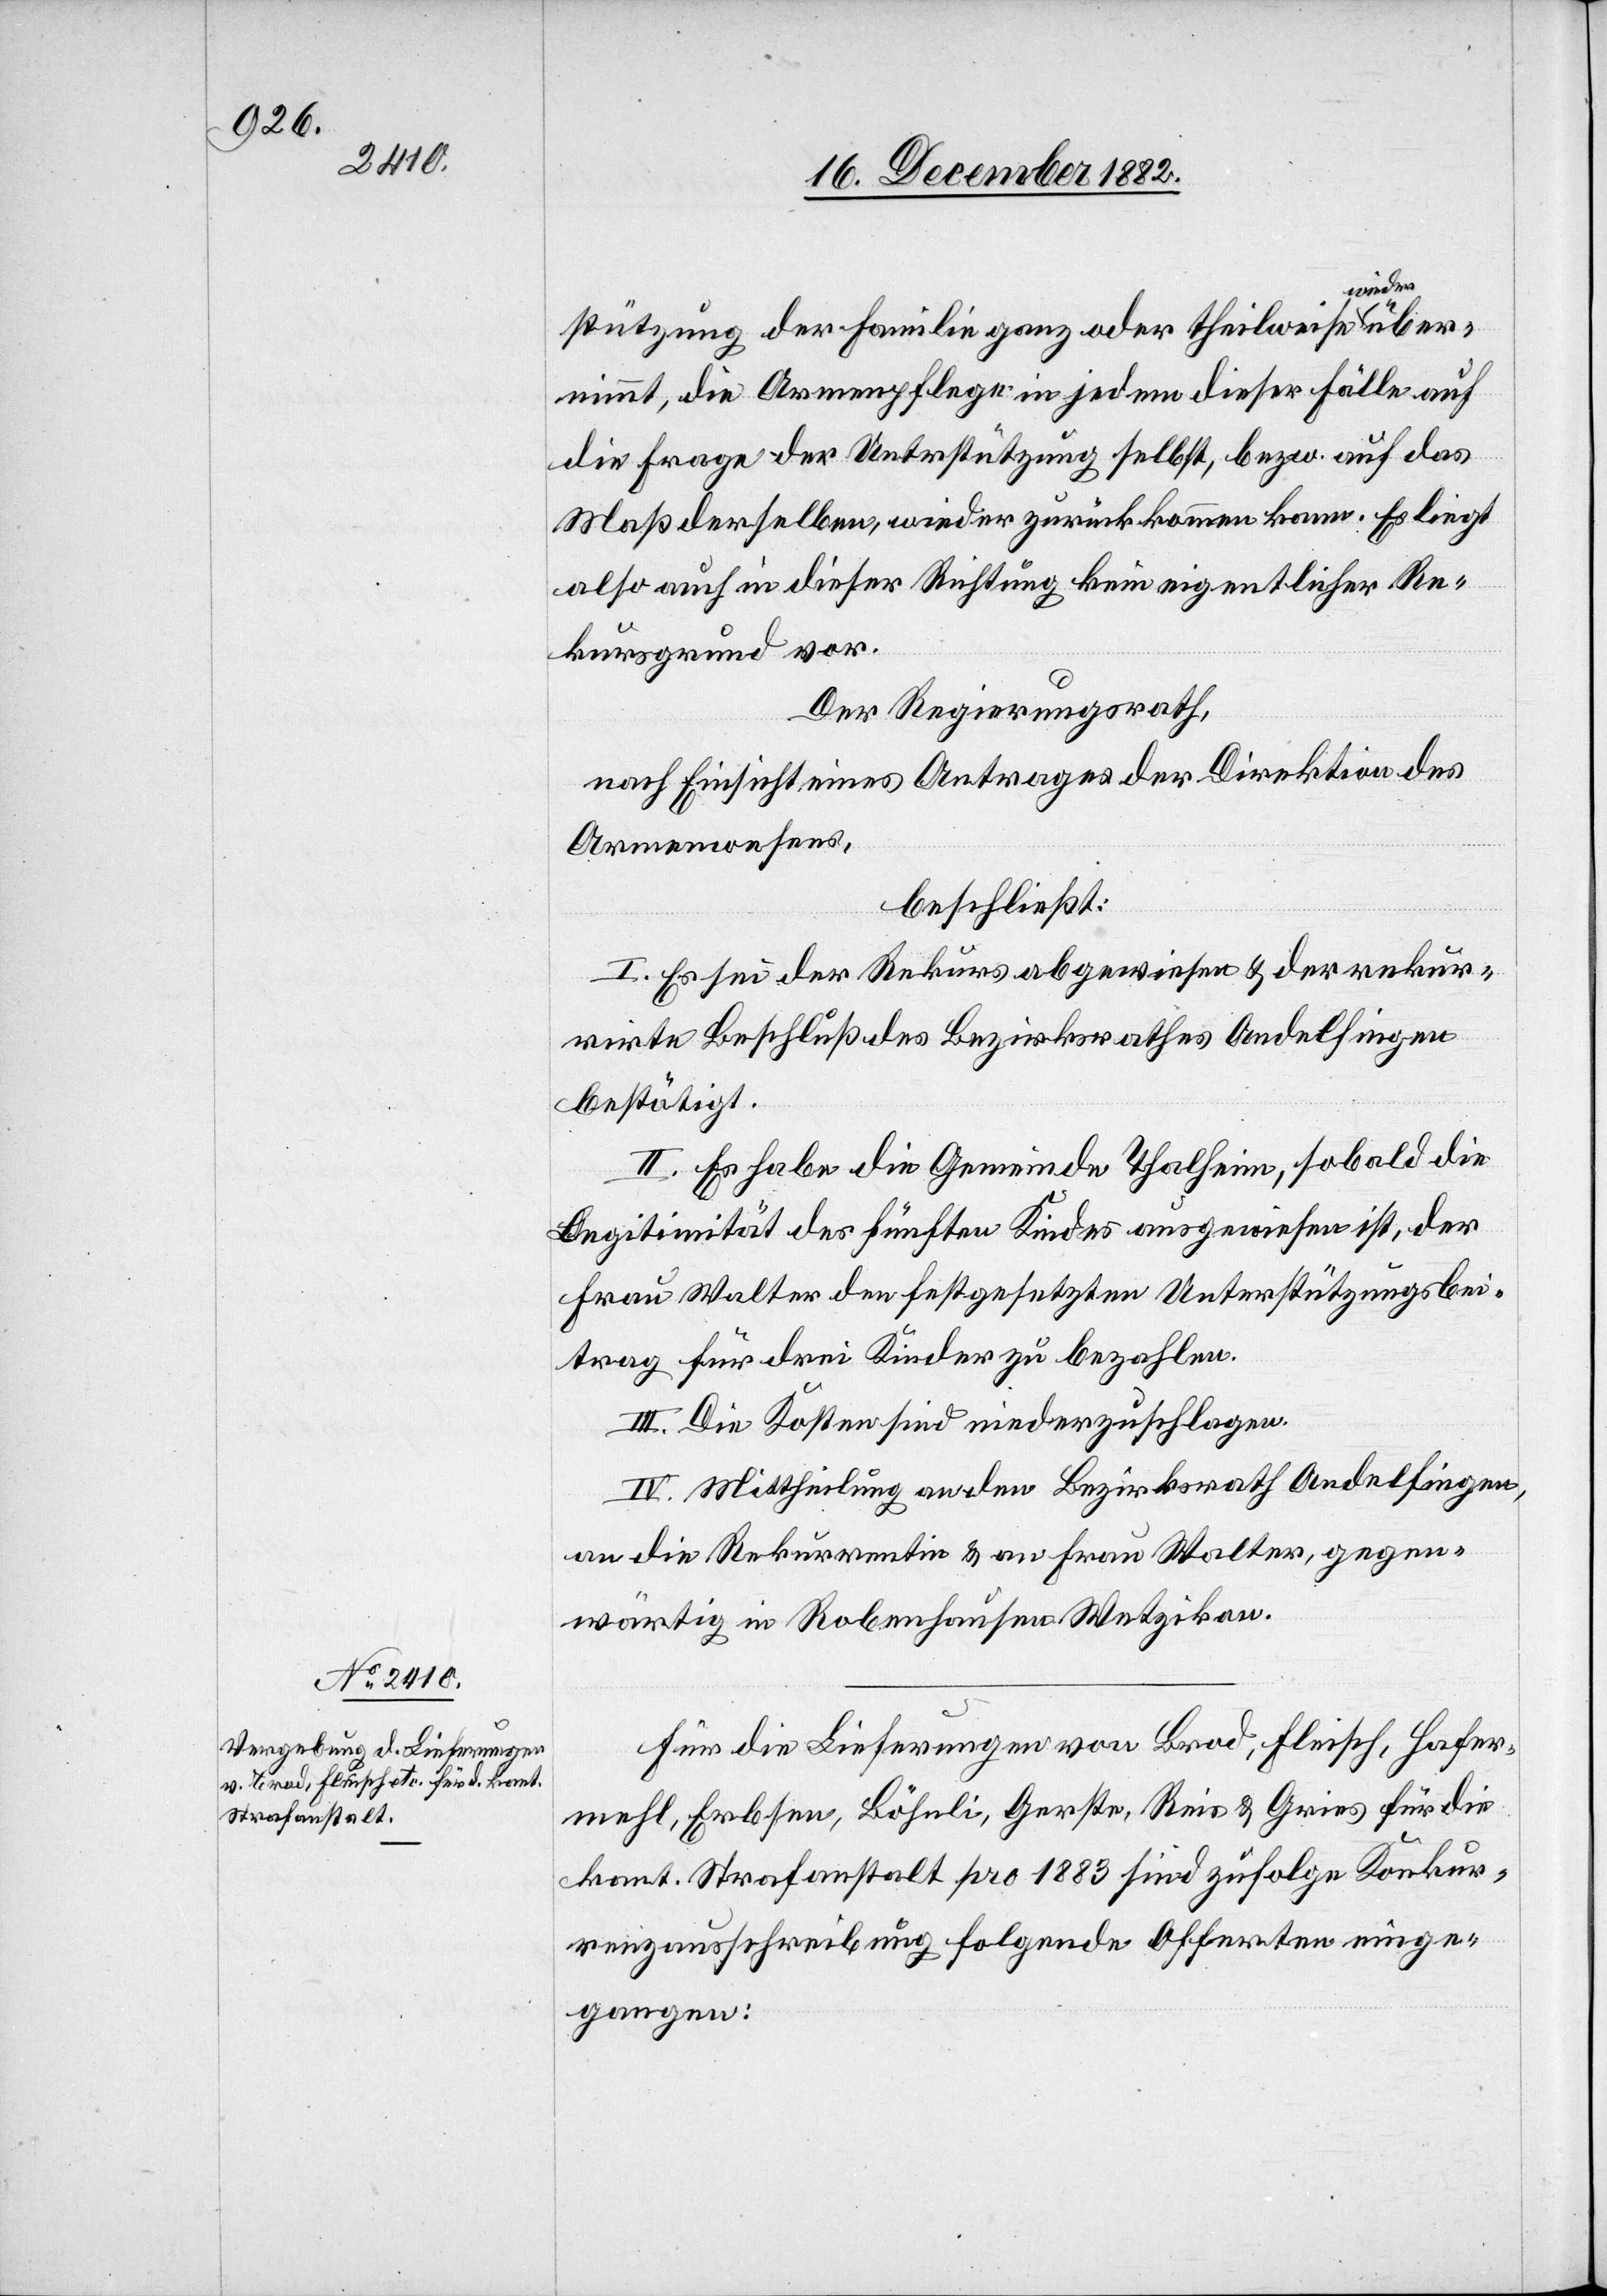
übern¬
stützung der Familie ganz oder theilweise wieder
immt, die Armenpflege in jedem dieser Fälle auf
die Frage der Unterstützung selbst, bezw. auf das
Maß derselben, wieder zurückkommen kann. Es liegt
also auch in dieser Richtung kein eigentlicher Re¬
kursgrund vor.
Der Regierungsrath,
nach Einsicht eines Antrages der Direktion des
Armenwesens,
beschließt:
I. Es sei der Rekurs abgewiesen & der rekur¬
rirte Beschluß des Bezirksrathes Andelfingen
bestätigt.
II. Es habe die Gemeinde Thalheim, sobald die
Legitimität des fünften Kindes ausgewiesen ist, der
Frau Walter den festgesetzten Unterstützungsbei¬
trag für drei Kinder zu bezahlen.
III. Die Kosten sind niederzuschlagen.
IV. Mittheilung an den Bezirksrath Andelfingen,
an die Rekurrentin & an Frau Walter, gegen¬
wärtig in Robenhausen Wetzikon.
Für die Lieferungen von Brod, Fleisch, Hafer¬
mehl, Erbsen, Böhnli, Gerste, Reis & Gries für die
kant. Strafanstalt pro 1883 sind zufolge Konkur¬
renzausschreibung folgende Offerten einge¬
gangen: